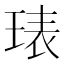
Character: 𭹙